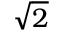
\sqrt { 2 }